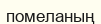
помеланың